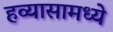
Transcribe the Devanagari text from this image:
हव्यासामध्ये